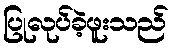
ပြုလုပ်ခဲ့ဖူးသည်